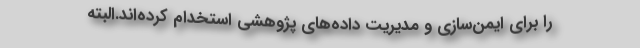
را برای ایمن‌سازی و مدیریت داده‌های پژوهشی استخدام کرده‌اند.البته